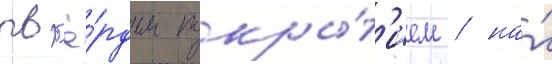
тв'ё́рдым покры́т'ием / на́